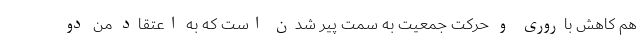
هم کاهش باروری و حرکت جمعیت به سمت پیر شدن است که به اعتقاد من دو